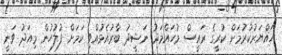
ހައްޔަރުކުރުމަށް ކުރީގެ ރައީސް މުހައްމަދު ނަޝީދު ބާރުއެޅުއްވި ކަމަށް ފުލުހުން މިއަދު ވަނީ